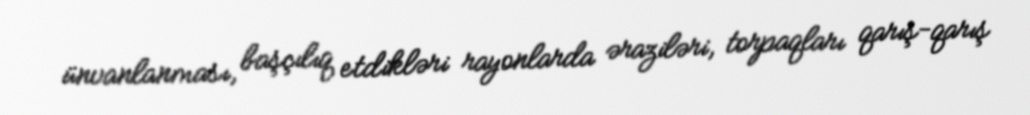
ünvanlanması, başçılıq etdikləri rayonlarda əraziləri, torpaqları qarış-qarış